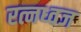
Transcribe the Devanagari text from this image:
रत्नध्वज